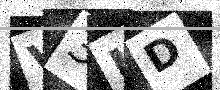
Text: V3UD